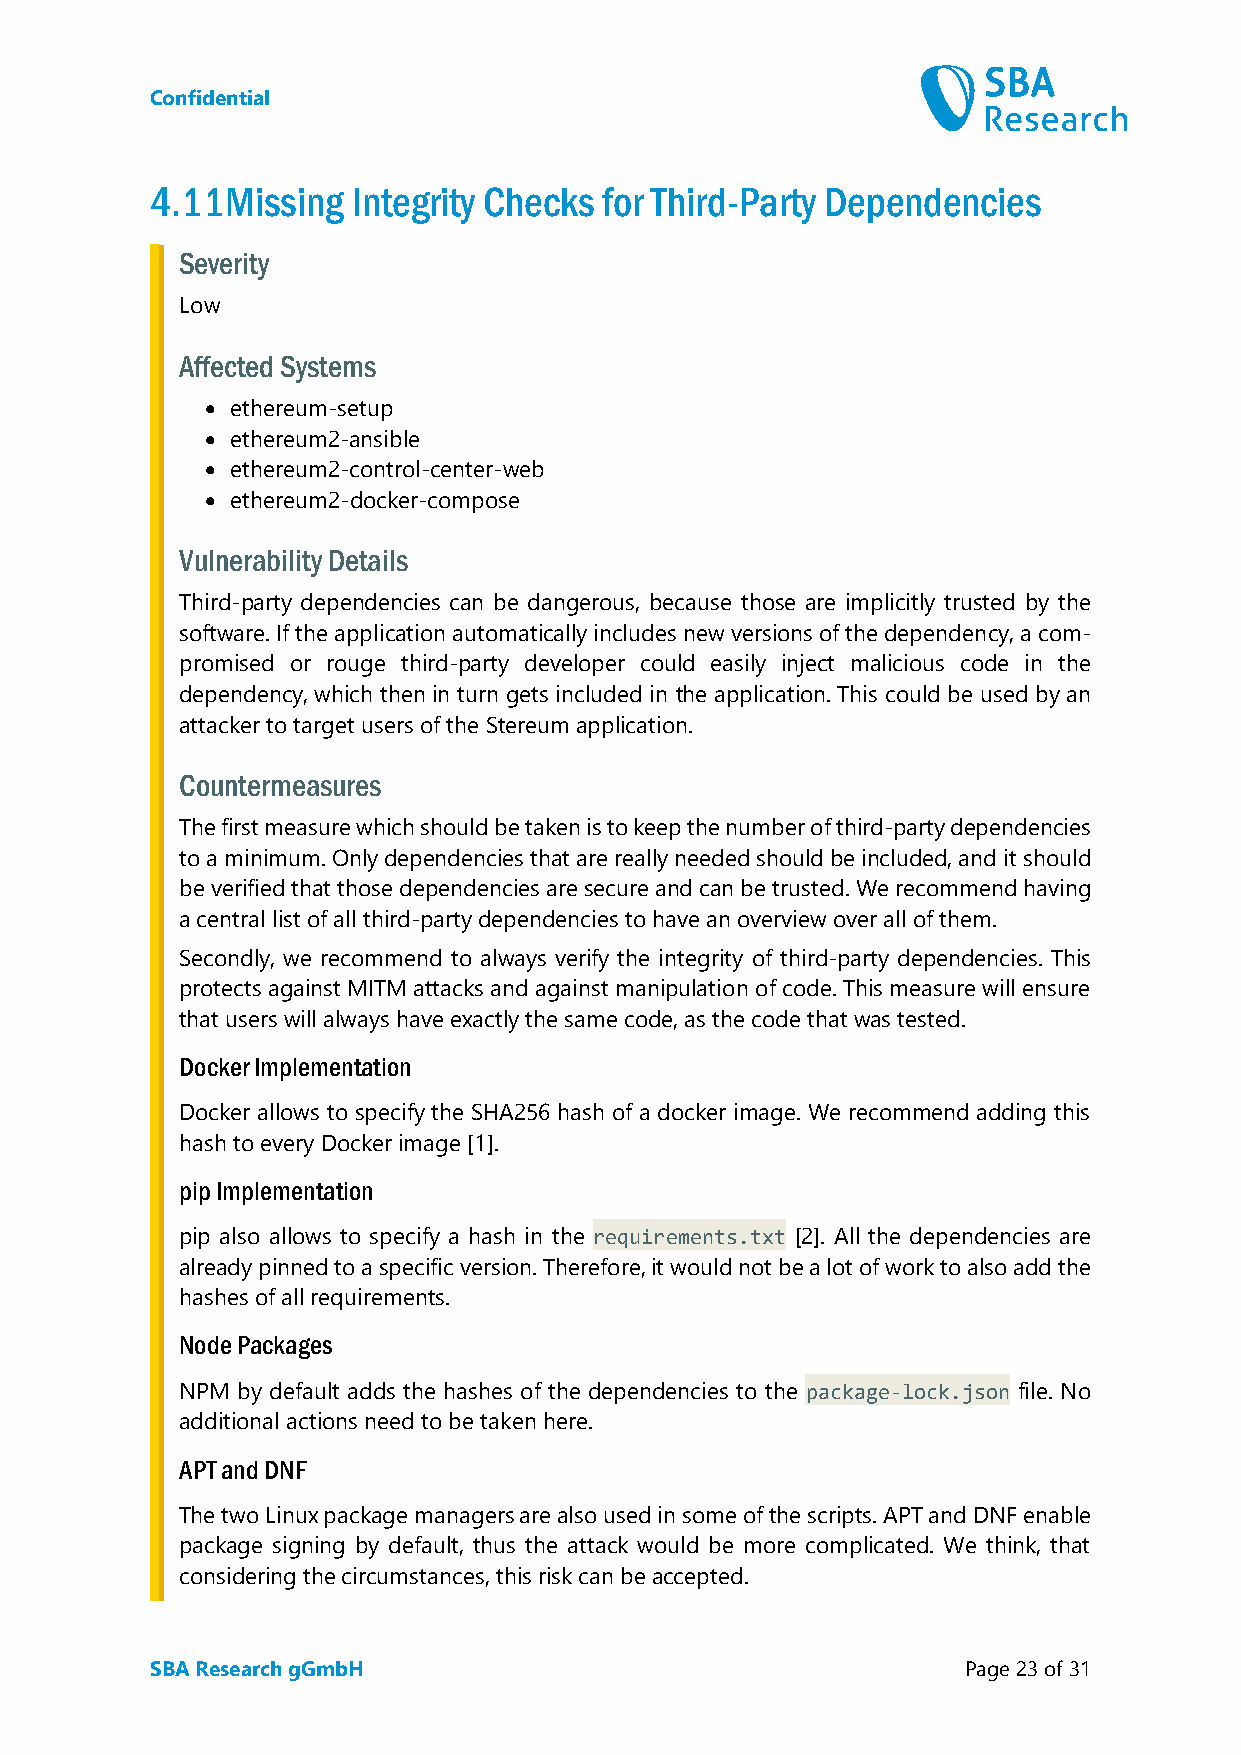
Confidential
 4.11 Missing Integrity Checks for Third-Party Dependencies
 Severity
 Low
 Affected Systems
 • ethereum-setup
 • ethereum2-ansible
 • ethereum2-control-center-web
 • ethereum2-docker-compose
 Vulnerability Details
 Third-party dependencies can be dangerous, because those are implicitly trusted by the
 software. If the application automatically includes new versions of the dependency, a com-
 promised or rouge third-party developer could easily inject malicious code in the
 dependency, which then in turn gets included in the application. This could be used by an
 attacker to target users of the Stereum application.
 Countermeasures
 The first measure which should be taken is to keep the number of third-party dependencies
 to a minimum. Only dependencies that are really needed should be included, and it should
 be verified that those dependencies are secure and can be trusted. We recommend having
 a central list of all third-party dependencies to have an overview over all of them.
 Secondly, we recommend to always verify the integrity of third-party dependencies. This
 protects against MITM attacks and against manipulation of code. This measure will ensure
 that users will always have exactly the same code, as the code that was tested.
 Docker Implementation
 Docker allows to specify the SHA256 hash of a docker image. We recommend adding this
 hash to every Docker image [1].
 pip Implementation
 pip also allows to specify a hash in the requirements.txt [2]. All the dependencies are
 already pinned to a specific version. Therefore, it would not be a lot of work to also add the
 hashes of all requirements.
 Node Packages
 NPM by default adds the hashes of the dependencies to the package-lock.json file. No
 additional actions need to be taken here.
 APT and DNF
 The two Linux package managers are also used in some of the scripts. APT and DNF enable
 package signing by default, thus the attack would be more complicated. We think, that
 considering the circumstances, this risk can be accepted.
 SBA Research gGmbH                                    Page 23 of 31